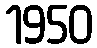
1950